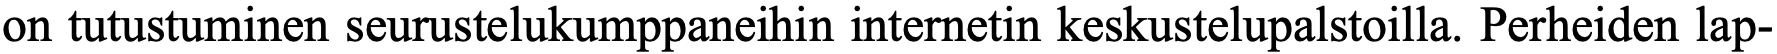
on tutustuminen seurustelukumppaneihin internetin keskustelupalstoilla. Perheiden lap-